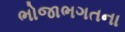
ભોજાભગતના